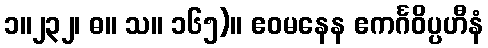
၁။၂၃၂၊ ဓ။ သ။ ၁၆၅)။ ဧဝမနေန ဧကင်္ဂဝိပ္ပဟီနံ